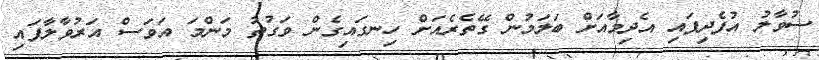
ސުވާލު އުފެދިފައި އެދިމާއަށް ބަލަމުން ގޭތެރެއަށް ހިނގައިގެން ވަގުތު މަންމަ އަވަސް އަރުވާލާފައި